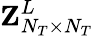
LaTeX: {\mathbf{Z}}_{N_{T}\times N_{T}}^{L}